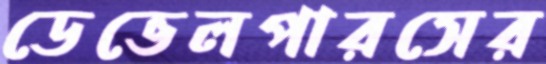
ডেভেলপারসের